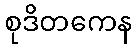
စုဒိတကေန